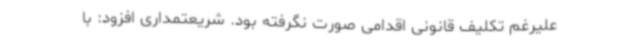
علیرغم تکلیف قانونی اقدامی صورت نگرفته بود. شریعتمداری افزود: با